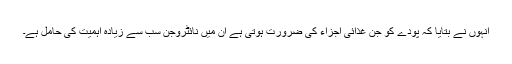
انہوں نے بتایا کہ پودے کو جن غذائی اجزاء کی ضرورت ہوتی ہے ان میں نائٹروجن سب سے زیادہ اہمیت کی حامل ہے۔